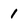
Character: 1